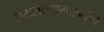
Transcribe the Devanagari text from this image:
असलेल्यामारुतीचे